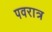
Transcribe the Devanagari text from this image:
पवरात्र